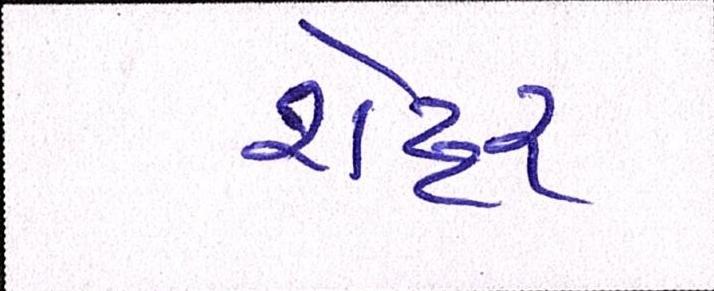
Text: શેટ્ટર